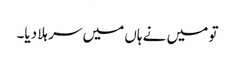
تو میں نے ہاں میں سر ہلا دیا۔